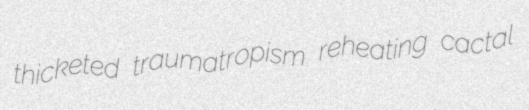
thicketed traumatropism reheating cactal